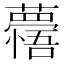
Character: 𮒽